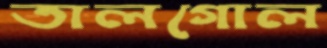
তালগোল